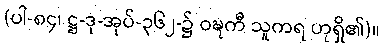
(ပါ-၈၄၊ ဋ္ဌ-ဒု-အုပ်-၃၆၂-၌ ဝဍ္ဎကီ သူကရ ဟုရှိ၏)။